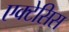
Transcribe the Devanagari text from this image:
एक्टेसिस